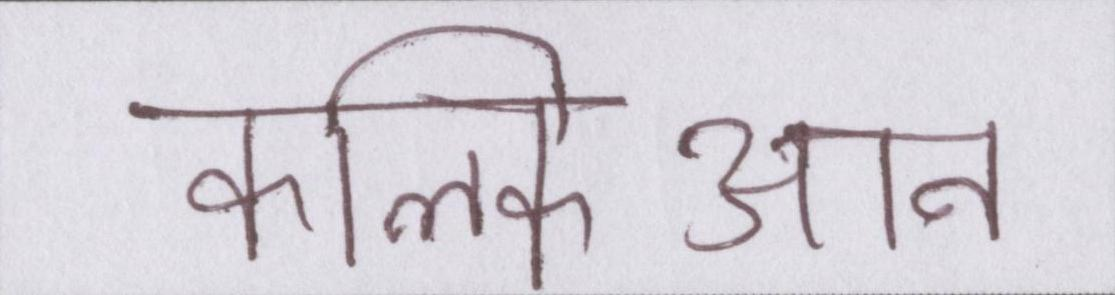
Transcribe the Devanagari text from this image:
कल्किआन